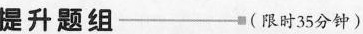
提 升 题组-(时35分钟)